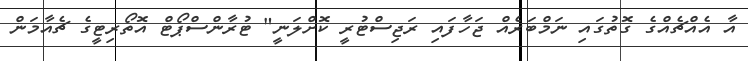
އާ އެއްޗެއްގެ ގޮތުގައި ނަމްބަރެއް ޖަހާފައި ރަޖިސްޓުރީ ކޮށްލަނީ" ޓުރާންސްޕޯޓް އޮތޯރިޓީގެ ޗެއާމަން